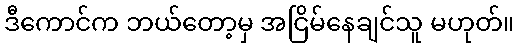
ဒီကောင်က ဘယ်တော့မှ အငြိမ်နေချင်သူ မဟုတ်။